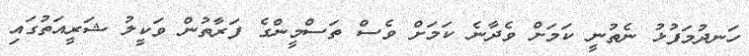
ހަނދުމަފުޅު ނެތުނީ ކަމަށް ވެދާނެ ކަމަށް ވެސް ތަސްމީންގެ ފަރާތުން ވަކީލު ޝަރީއަތުގައި